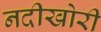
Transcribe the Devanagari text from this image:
नदीखोरी